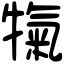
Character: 犔